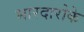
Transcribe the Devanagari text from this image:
भारदारोके